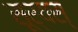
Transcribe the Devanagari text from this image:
सूर्यस्